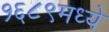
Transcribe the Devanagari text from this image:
१६८९मध्ये